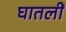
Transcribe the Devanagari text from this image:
घातलीं